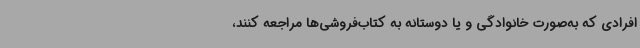
افرادی که به‌صورت خانوادگی و یا دوستانه به کتاب‌فروشی‌ها مراجعه کنند،